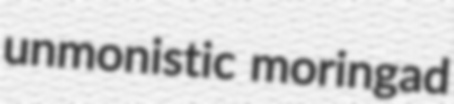
unmonistic moringad